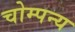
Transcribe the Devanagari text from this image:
चोम्पन्य